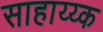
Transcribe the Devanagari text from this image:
साहाय्य्क